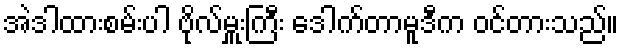
အဲဒါထားစမ်းပါ ဗိုလ်မှူးကြီး ဒေါက်တာမူဒီက ဝင်တားသည်။